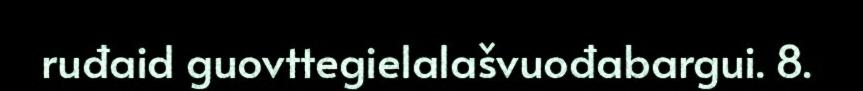
ruđaid guovttegielalašvuođabargui. 8.